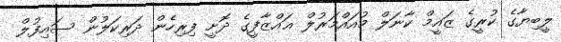
ލީބިޔާގެ ކުރީގެ ޒައީމް ކާނަލް މުއައްމަރުލް ޣައްޒާފީގެ ދޮށީ ފިރިހެން ދަރިކަލުން ސައިފުލް